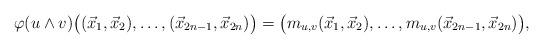
LaTeX: \begin{align*}\varphi (u \wedge v) \big( (\vec x_1, \vec x_2), \dots , (\vec x_{2n-1}, \vec x_{2n}) \big) = \big( m_{u,v} (\vec x_1, \vec x_2), \dots , m_{u,v}( \vec x_{2n-1}, \vec x_{2n}) \big),\end{align*}